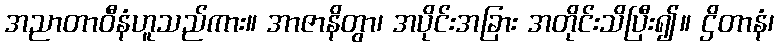
အညာတာဝီနံဟူသည်ကား။ အာဇာနိတွာ၊ အပိုင်းအခြား အတိုင်းသိပြီး၍။ ဌိတာနံ၊